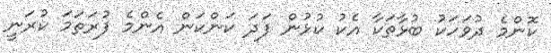
ކޮންމެ ދުވަހަކު ބުޅާތަކާ އެކު ކުޅުން ފަދަ ކަންކަން އެންމެ ފުރަތަމަ ކުރަނީ